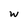
Character: w